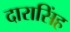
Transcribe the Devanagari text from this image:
दारासिंह